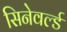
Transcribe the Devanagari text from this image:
सिनेवर्ल्ड